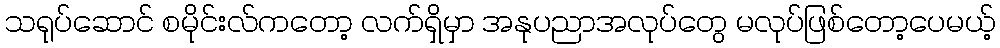
သရုပ်ဆောင် စမိုင်းလ်ကတော့ လက်ရှိမှာ အနုပညာအလုပ်တွေ မလုပ်ဖြစ်တော့ပေမယ့်